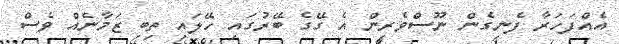
އެއްފަހަރާ ފެނިގެން ނޫސްވެރިން އެ ގޭގެ ބޭރުގައި ހޭލައި ތިބި ޒަމާނެއް ވެސް